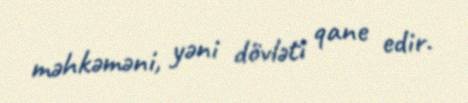
məhkəməni, yəni dövləti qane edir.